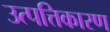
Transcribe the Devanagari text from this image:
उत्पत्तिकारण